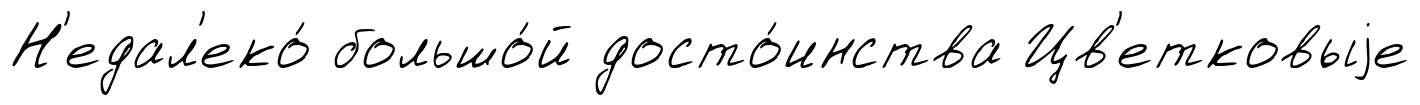
Н'едал'еко́ большо́й досто́инства Цв'етковыjе